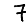
Digit: 7